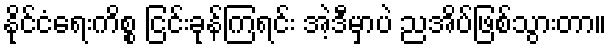
နိုင်ငံရေးကိစ္စ ငြင်းခုန်ကြရင်း အဲ့ဒီမှာပဲ ညအိပ်ဖြစ်သွားတာ။